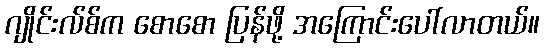
ဂျိုင်းလ်စ်က စောစော ပြန်ဖို့ အကြောင်းပေါ်လာတယ်။